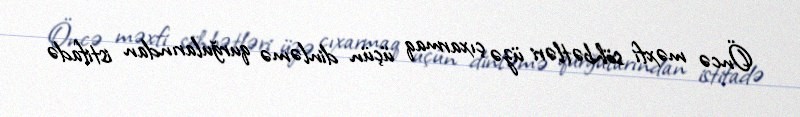
Öncə məxfi söhbətləri üzə çıxarmaq üçün dinləmə qurğularından istifadə